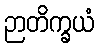
ဉာတိက္ခယံ